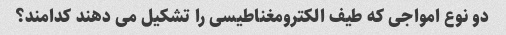
دو نوع امواجی که طیف الکترومغناطیسی را تشکیل می دهند کدامند؟